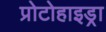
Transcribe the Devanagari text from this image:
प्रोटोहाइड्रा